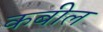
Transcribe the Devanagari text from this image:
कबील